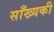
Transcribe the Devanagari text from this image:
साँख्यकी